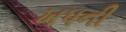
ખપની